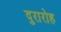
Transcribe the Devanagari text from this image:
दुरारोह